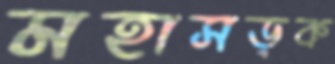
মহাসড়ক